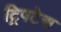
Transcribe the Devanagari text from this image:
ट्रिपटेस